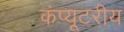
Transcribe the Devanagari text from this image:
कंप्यूटरीय